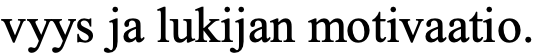
vyys ja lukijan motivaatio.